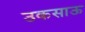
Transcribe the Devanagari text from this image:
उकसाऊ